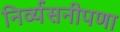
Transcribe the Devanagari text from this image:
निर्व्यसनीपणा